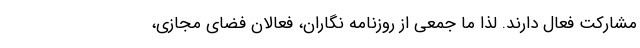
مشارکت فعال دارند. لذا ما جمعی از روزنامه نگاران، فعالان فضای مجازی،